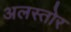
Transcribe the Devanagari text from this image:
अलस्तोर